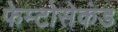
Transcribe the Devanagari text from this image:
फेम्टोसेकंड